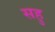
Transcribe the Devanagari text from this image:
सहु